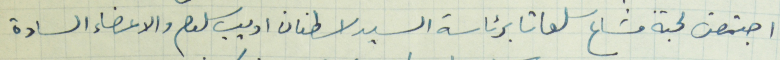
اجتمعت لجنة مشاع سلعاتا برئاسة السيد اسطفان اديب سلوم والسادة